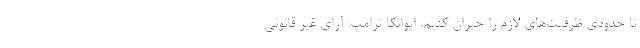
تا حدودی ظرفیت‌های لازم را جبران کنیم. ایوانکا ترامپ: آرای غیر قانونی